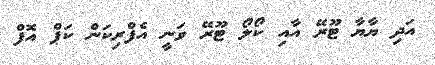
އަދި ޔާޔާ ޓޫރޭ އާއި ކޯލޯ ޓޫރޭ ވަނީ އެފްރިކަން ކަޕް އޮފް